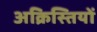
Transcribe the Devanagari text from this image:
अक्रिस्तियों